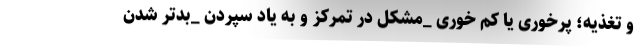
و تغذیه؛ پرخوری یا کم خوری _مشکل در تمرکز و به یاد سپردن _بدتر شدن